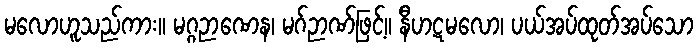
မလောဟူသည်ကား။ မဂ္ဂဉာဏေန၊ မဂ်ဉာဏ်ဖြင့်။ နီဟဋမလော၊ ပယ်အပ်ထုတ်အပ်သော